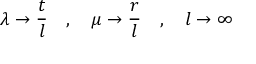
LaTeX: \lambda \to \frac { t } { l } \quad , \quad \mu \to \frac { r } { l } \quad , \quad l \to \infty